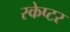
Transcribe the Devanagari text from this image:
स्केप्टर